Vaccination North-Western Provinces and Oudh 1878-1895 - 1878-1895
Year: 1878
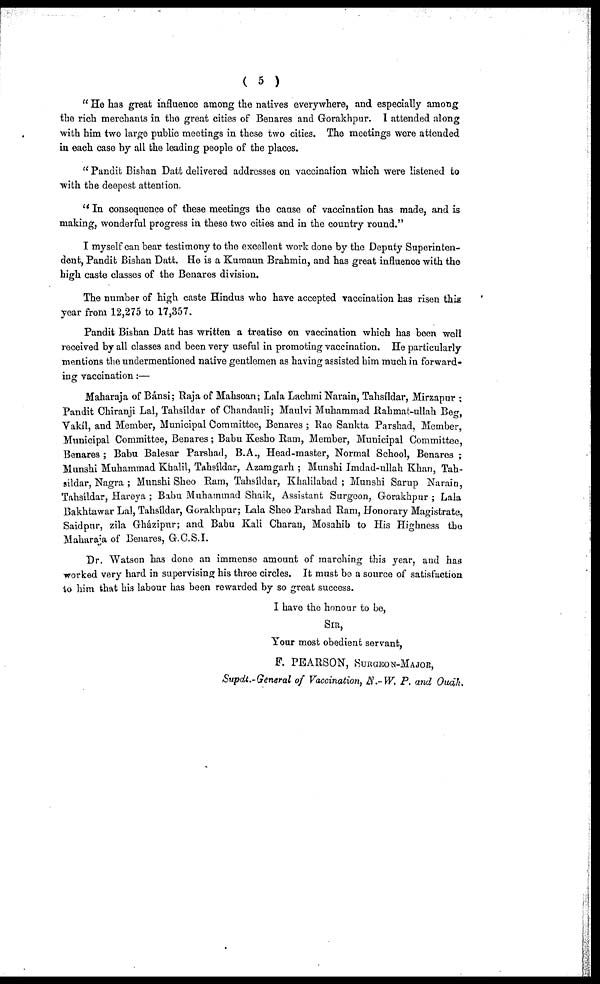
( 5 )
" He has great influence among the natives everywhere, and especially among
the rich merchants in the great cities of Benares and Grorakhpur. I attended along
with him two large public meetings in these two cities. The meetings were attended
in each case by all the leading people of the places.
" Pandit Bishan Datt delivered addresses on vaccination which were listened to
with the deepest attention.
" In consequence of these meetings the cause of vaccination has made, and is
making, wonderful progress in these two cities and in the country round."
I myself can bear testimony to the excellent work done by the Deputy Superinten-
dent, Pandit Bishan Datt. He is a Kumaun Brahmin, and has great influence with the
high caste classes of the Benares division.
The number of high caste Hindus who have accepted vaccination has risen this
year from 12,275 to 17,357.
Pandit Bishan Datt has written a treatise on vaccination which has been well
received by all classes and been very useful in promoting vaccination. He particularly
mentions the undermentioned native gentlemen as having assisted him much in forward-
ing vaccination:—
Maharaja of Bánsi; Raja of Mahsoan; Lala Lachmi Narain, Tahsíldar, Mirzapur ;
Pandit Chiranji Lal, Tahsildar of Chandauli; Maulvi Muhammad Rahmat-ullah Beg,
Vakil, and Member, Municipal Committee, Benares ; Rao Sankta Parshad, Member,
Municipal Committee, Benares; Babu Kesho Ram, Member, Municipal Committee,
Benares ; Babu Balesar Parshad, B.A., Head-master, Normal School, Benares ;
Munshi Muhammad Khalil, Tahsildar, Azamgarh ; Munshi Imdad-ullah Khan, Tah-
sildar, Nagra ; Munshi Sheo Ram, Tahsildar, Khalilabad ; Munshi Sarup Narain,
Tahsildar, Hareya ; Babu Muhammad Shaik, Assistant Surgeon, Gorakhpur ; Lala
Bakhtawar Lal, Tahsildar, Gorakhpur; Lala Sheo Parshad Ram, Honorary Magistrate,
Saidpur, zila Gházipur; and Babu Kali Charan, Mosahib to His Highness the
Maharaja of Benares, G.C.S.I.
Dr. Watson has done an immense amount of marching this year, and has
worked very hard in supervising his three circles. It must be a source of satisfaction
to him that his labour has been rewarded by so great success.
I have the honour to be,
SIR,
Your most obedient servant,
F. PEARSON, SURGEON-MAJOR,
Supdt.-General of Vaccination, N.-W. P. and Ouah.